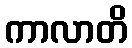
ကာလာတိ